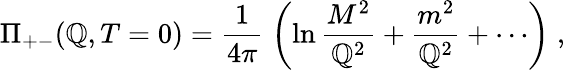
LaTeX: \Pi_{+-}(\mathbb{Q},T=0)=\frac{{1}}{{4\pi}}\; \left(\ln\frac{{M^{2}}}{{\mathbb{Q}^{2}}}+\frac{{m^{2}}}{{\mathbb{Q}^{2}}}+\cdots\right)\; ,